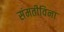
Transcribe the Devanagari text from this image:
संमतीविना